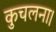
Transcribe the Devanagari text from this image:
कुचलना।